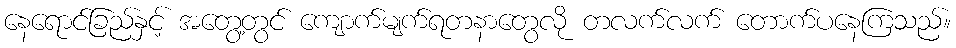
နေရောင်ခြည်နှင့် အတွေ့တွင် ကျောက်မျက်ရတနာတွေလို တလက်လက် တောက်ပနေကြသည်။